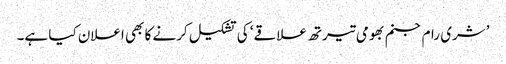
’شری رام جنم بھومی تیرتھ علاقے‘ کی تشکیل کرنے کا بھی اعلان کیا ہے۔